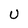
Character: U